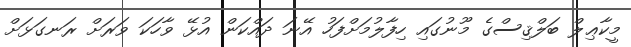
މީކާޢިލް ބަލްޤިސްގެ މޫނުގައި ހިފާލުމަށްފަހު އޭނަ ދައްކަން އުޅޭ ވާހަކަ ވަރަށް ރަނގަޅަށް